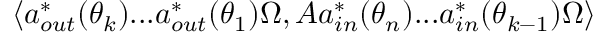
\left\langle a _ { o u t } ^ { \ast } ( \theta _ { k } ) . . . a _ { o u t } ^ { \ast } ( \theta _ { 1 } ) \Omega , A a _ { i n } ^ { \ast } ( \theta _ { n } ) . . . a _ { i n } ^ { \ast } ( \theta _ { k - 1 } ) \Omega \right\rangle